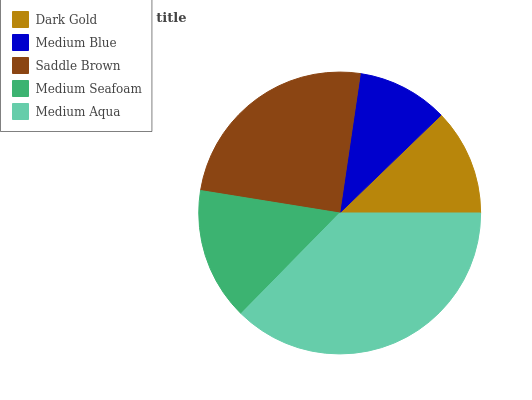
| Dark Gold | Medium Blue | Saddle Brown | Medium Seafoam | Medium Aqua |
 | --- | --- | --- | --- | --- |
 | 12.2% | 10.4% | 24.8% | 15.2% | 37.4% |